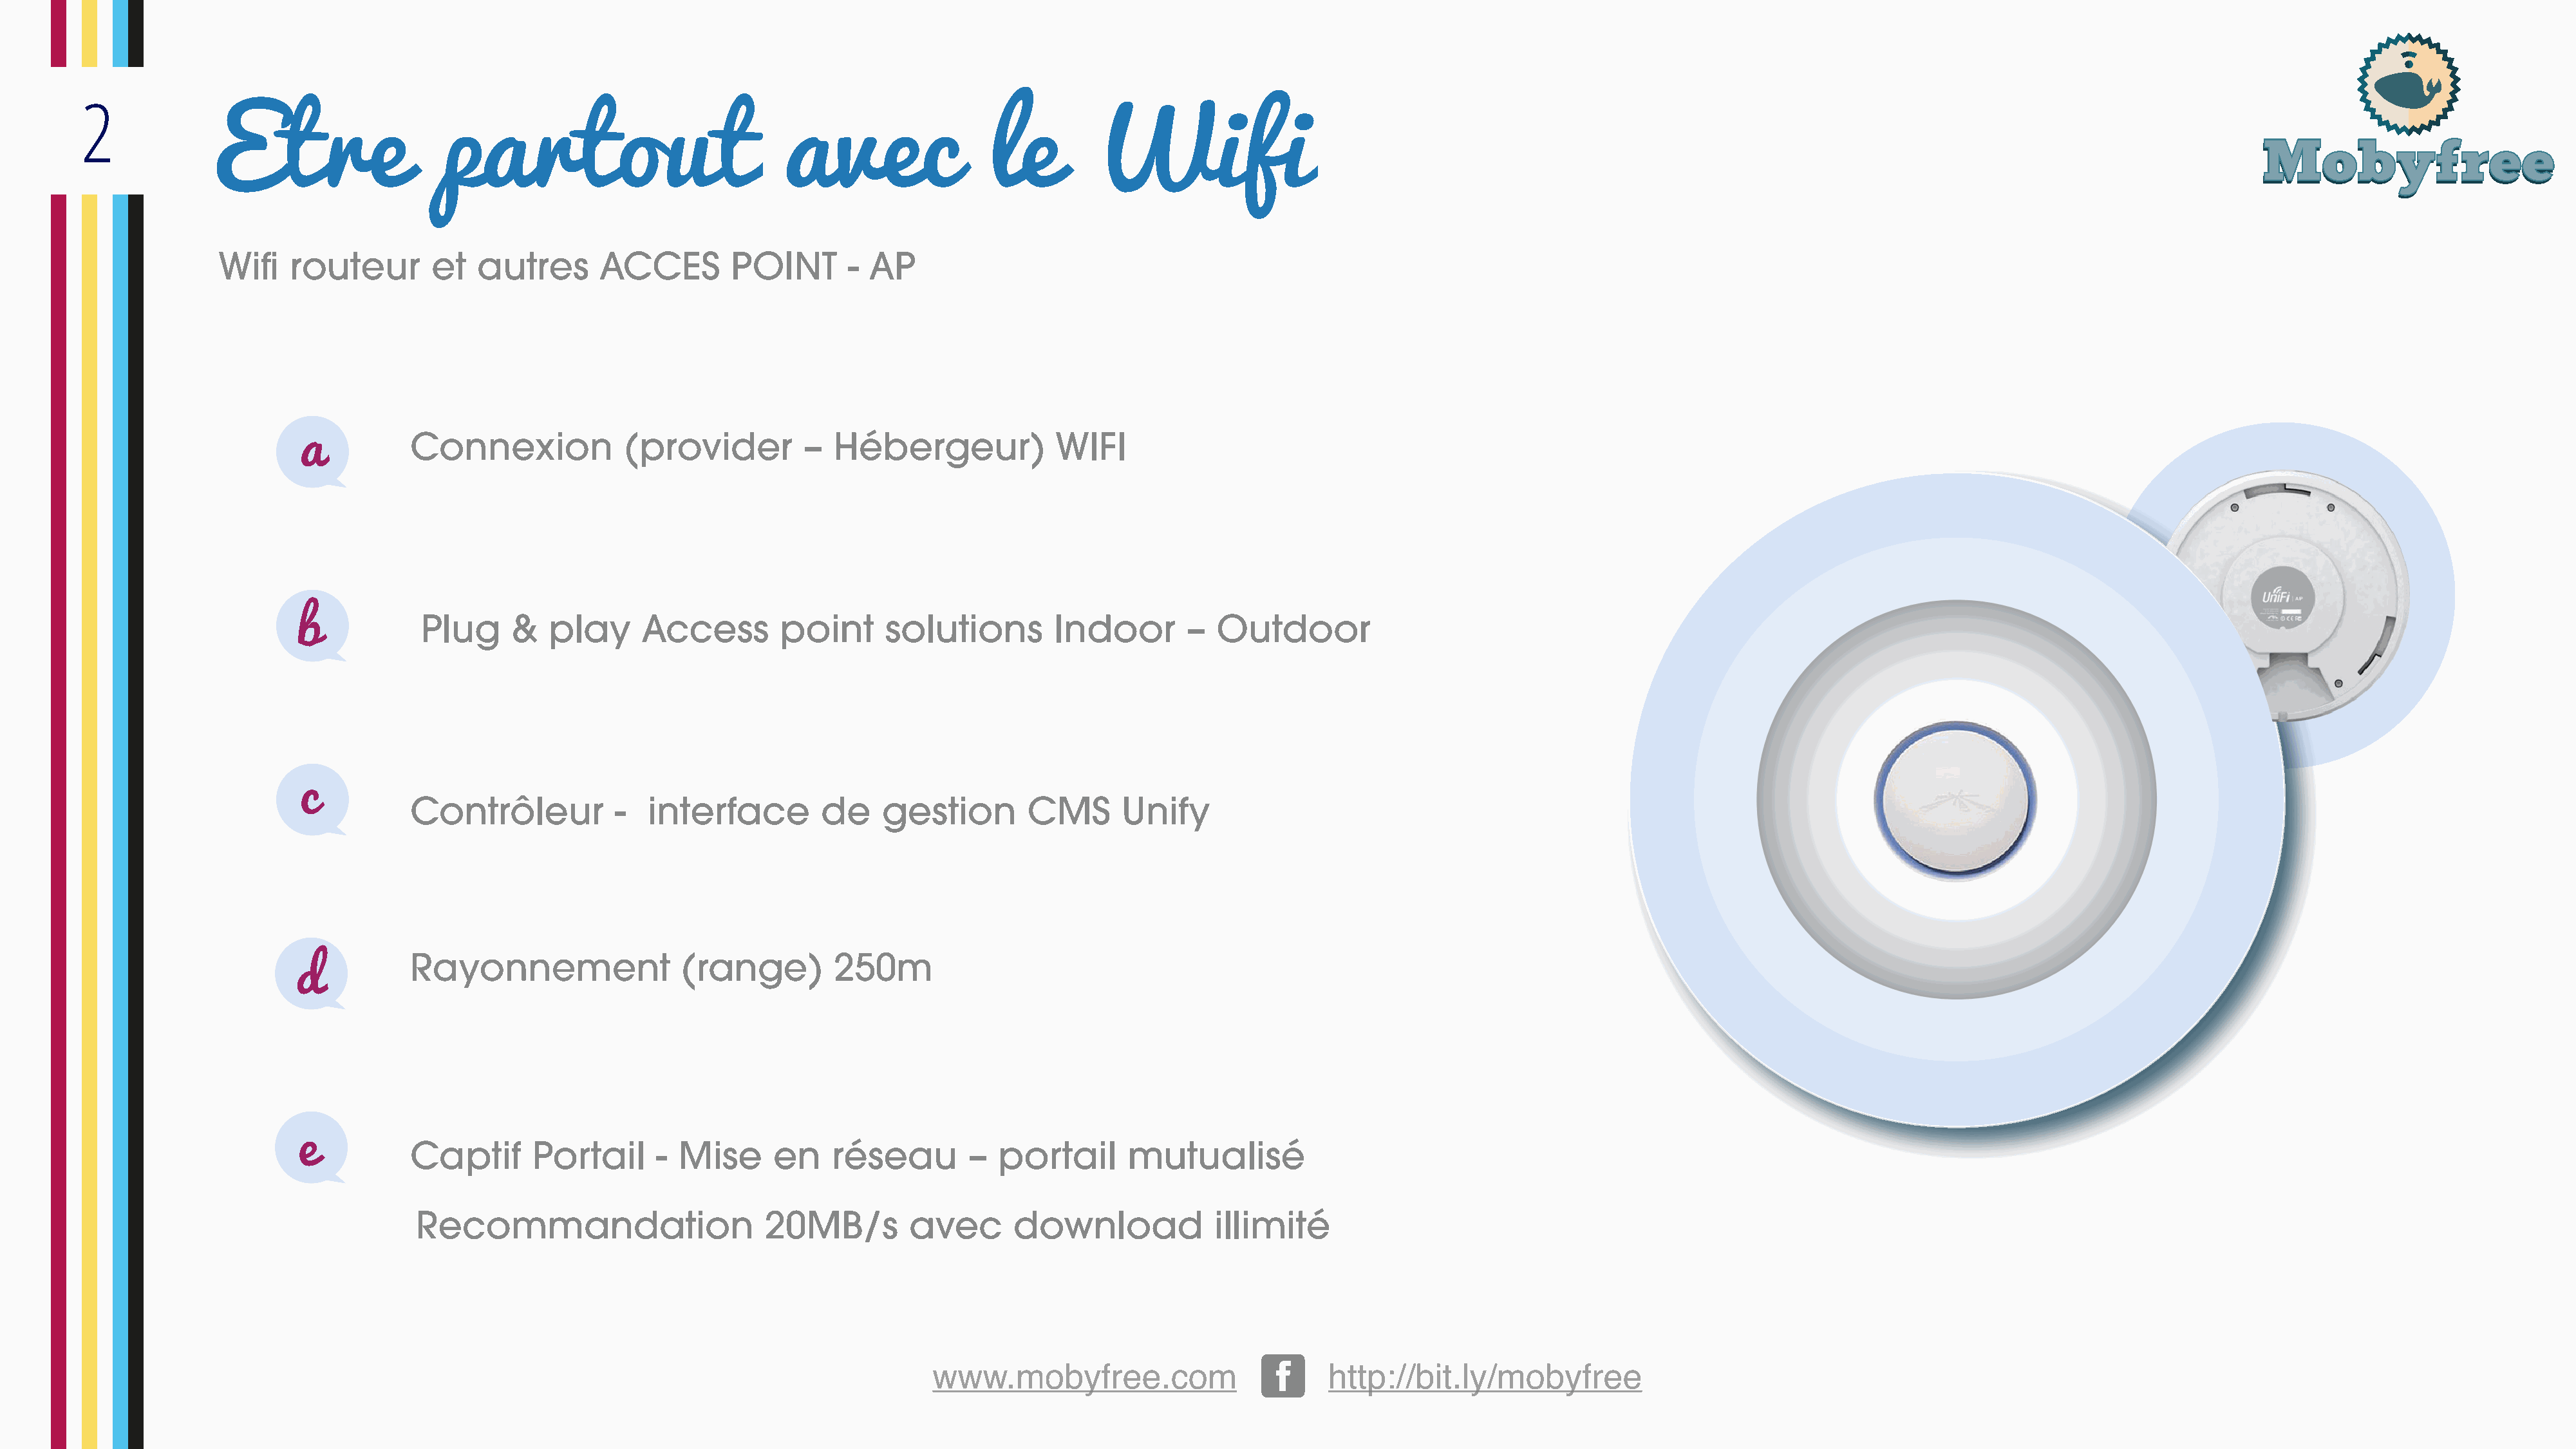
2
 Etre                   partout                             avec                 le        Wifi
 Wifi    routeur       et   autres       ACCES        POINT       - AP
 Connexion             (provider          –  Hébergeur)            WIFI
 Plug      &  play      Access        point      solutions        Indoor        –  Outdoor
 Contrôleur           -   interface        de     gestion        CMS      Unify
 Rayonnement                 (range)         250m
 Captif       Portail     -  Mise     en     réseau        –  portail      mutualisé
 Recommandation                      20MB/s        avec       download             illimité
 www.mobyfree.com                         http://bit.ly/mobyfree